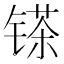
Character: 𲈓